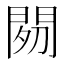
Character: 𲈩